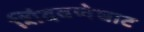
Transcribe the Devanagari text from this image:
शिंदवणेघाट